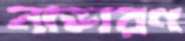
নাভারণ